Annual administration report of the Civil Veterinary Department, Sind - 1944-1945
Year: 1944
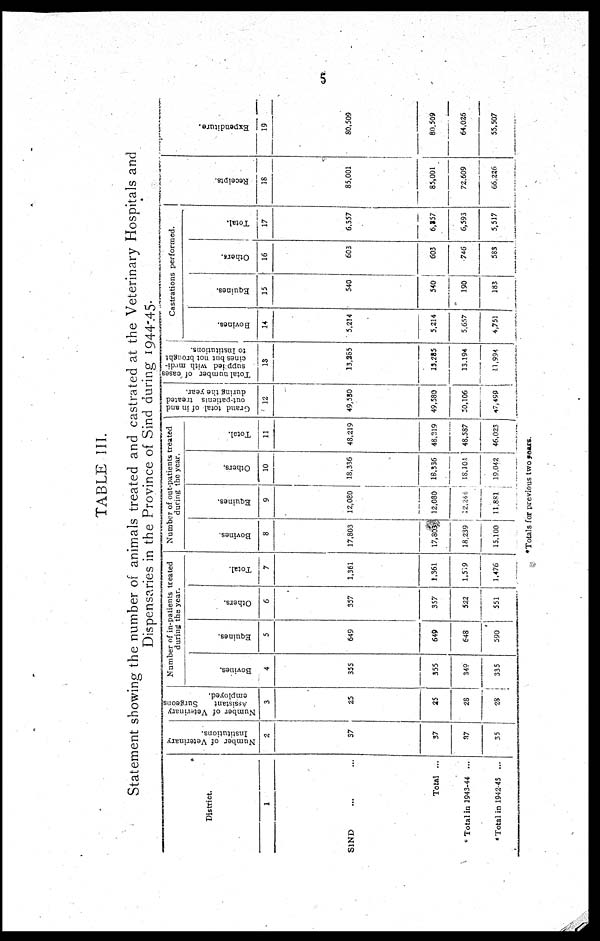
5
TABLE III.
Statement showing the number of animals treated and castrated at the Veterinary Hospitals and
Dispensaries in the Province of Sind during 1944-45.
District.
1
SIND ... ...
Total ...
* Total in 1943-44 ...
*Total in 1942-45 ...
Number of Veterinary
Institutions.
2
37
37
37
35
Number of Veterinary
Assistant
Surgeons
employed.
3
25
25
28
28
Number of in-patients treated
during the year.
Boviues.
4
355
355
349
335
Equines.
5
649
649
648
590
Others.
6
357
357
522
551
Total.
7
1,361
1,361
1,519
1,476
Number of out-patients treated
during the year.
Bovines.
8
17,803
17,803
18,239
15,100
Equines.
9
12,080
12,080
12,244
11,881
Others,
10
18,336
18,336
18,101
19,042
Total.
11
48,219
48,219
48,587
46,023
Grand total of in and
out-patients treated
during the year.
12
49,550
49,580
50,106
47,499
Total number of cases
supplied with medi-
cines but not brought
to Institutions.
13
13,265
13,285
15.194
11,994
Castrations performed.
Bovines.
14
5,214
5,214
5,657
4,751
Equines.
15
540
540
190
183
Others.
16
603
603
746
583
Total.
17
6,357
6,257
6,593
5,517
Recei pt s .
18
85,001
85,001
72,609
66,236
Expe ndi t
ur e .
19
80,509
80,509
64,026
55,507
*Totals for previous two years.